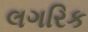
લગરિક